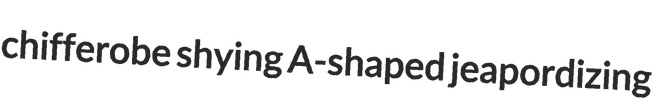
chifferobe shying A-shaped jeapordizing